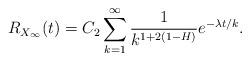
LaTeX: \begin{align*}R_{X_{\infty }}(t)=C_{2}\sum_{k=1}^{\infty }\frac{1}{k^{1+2(1-H)}}e^{-\lambda t/k}.\end{align*}